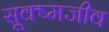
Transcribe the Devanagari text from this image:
सूक्ष्‍मजीव